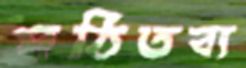
পঠিতব্য